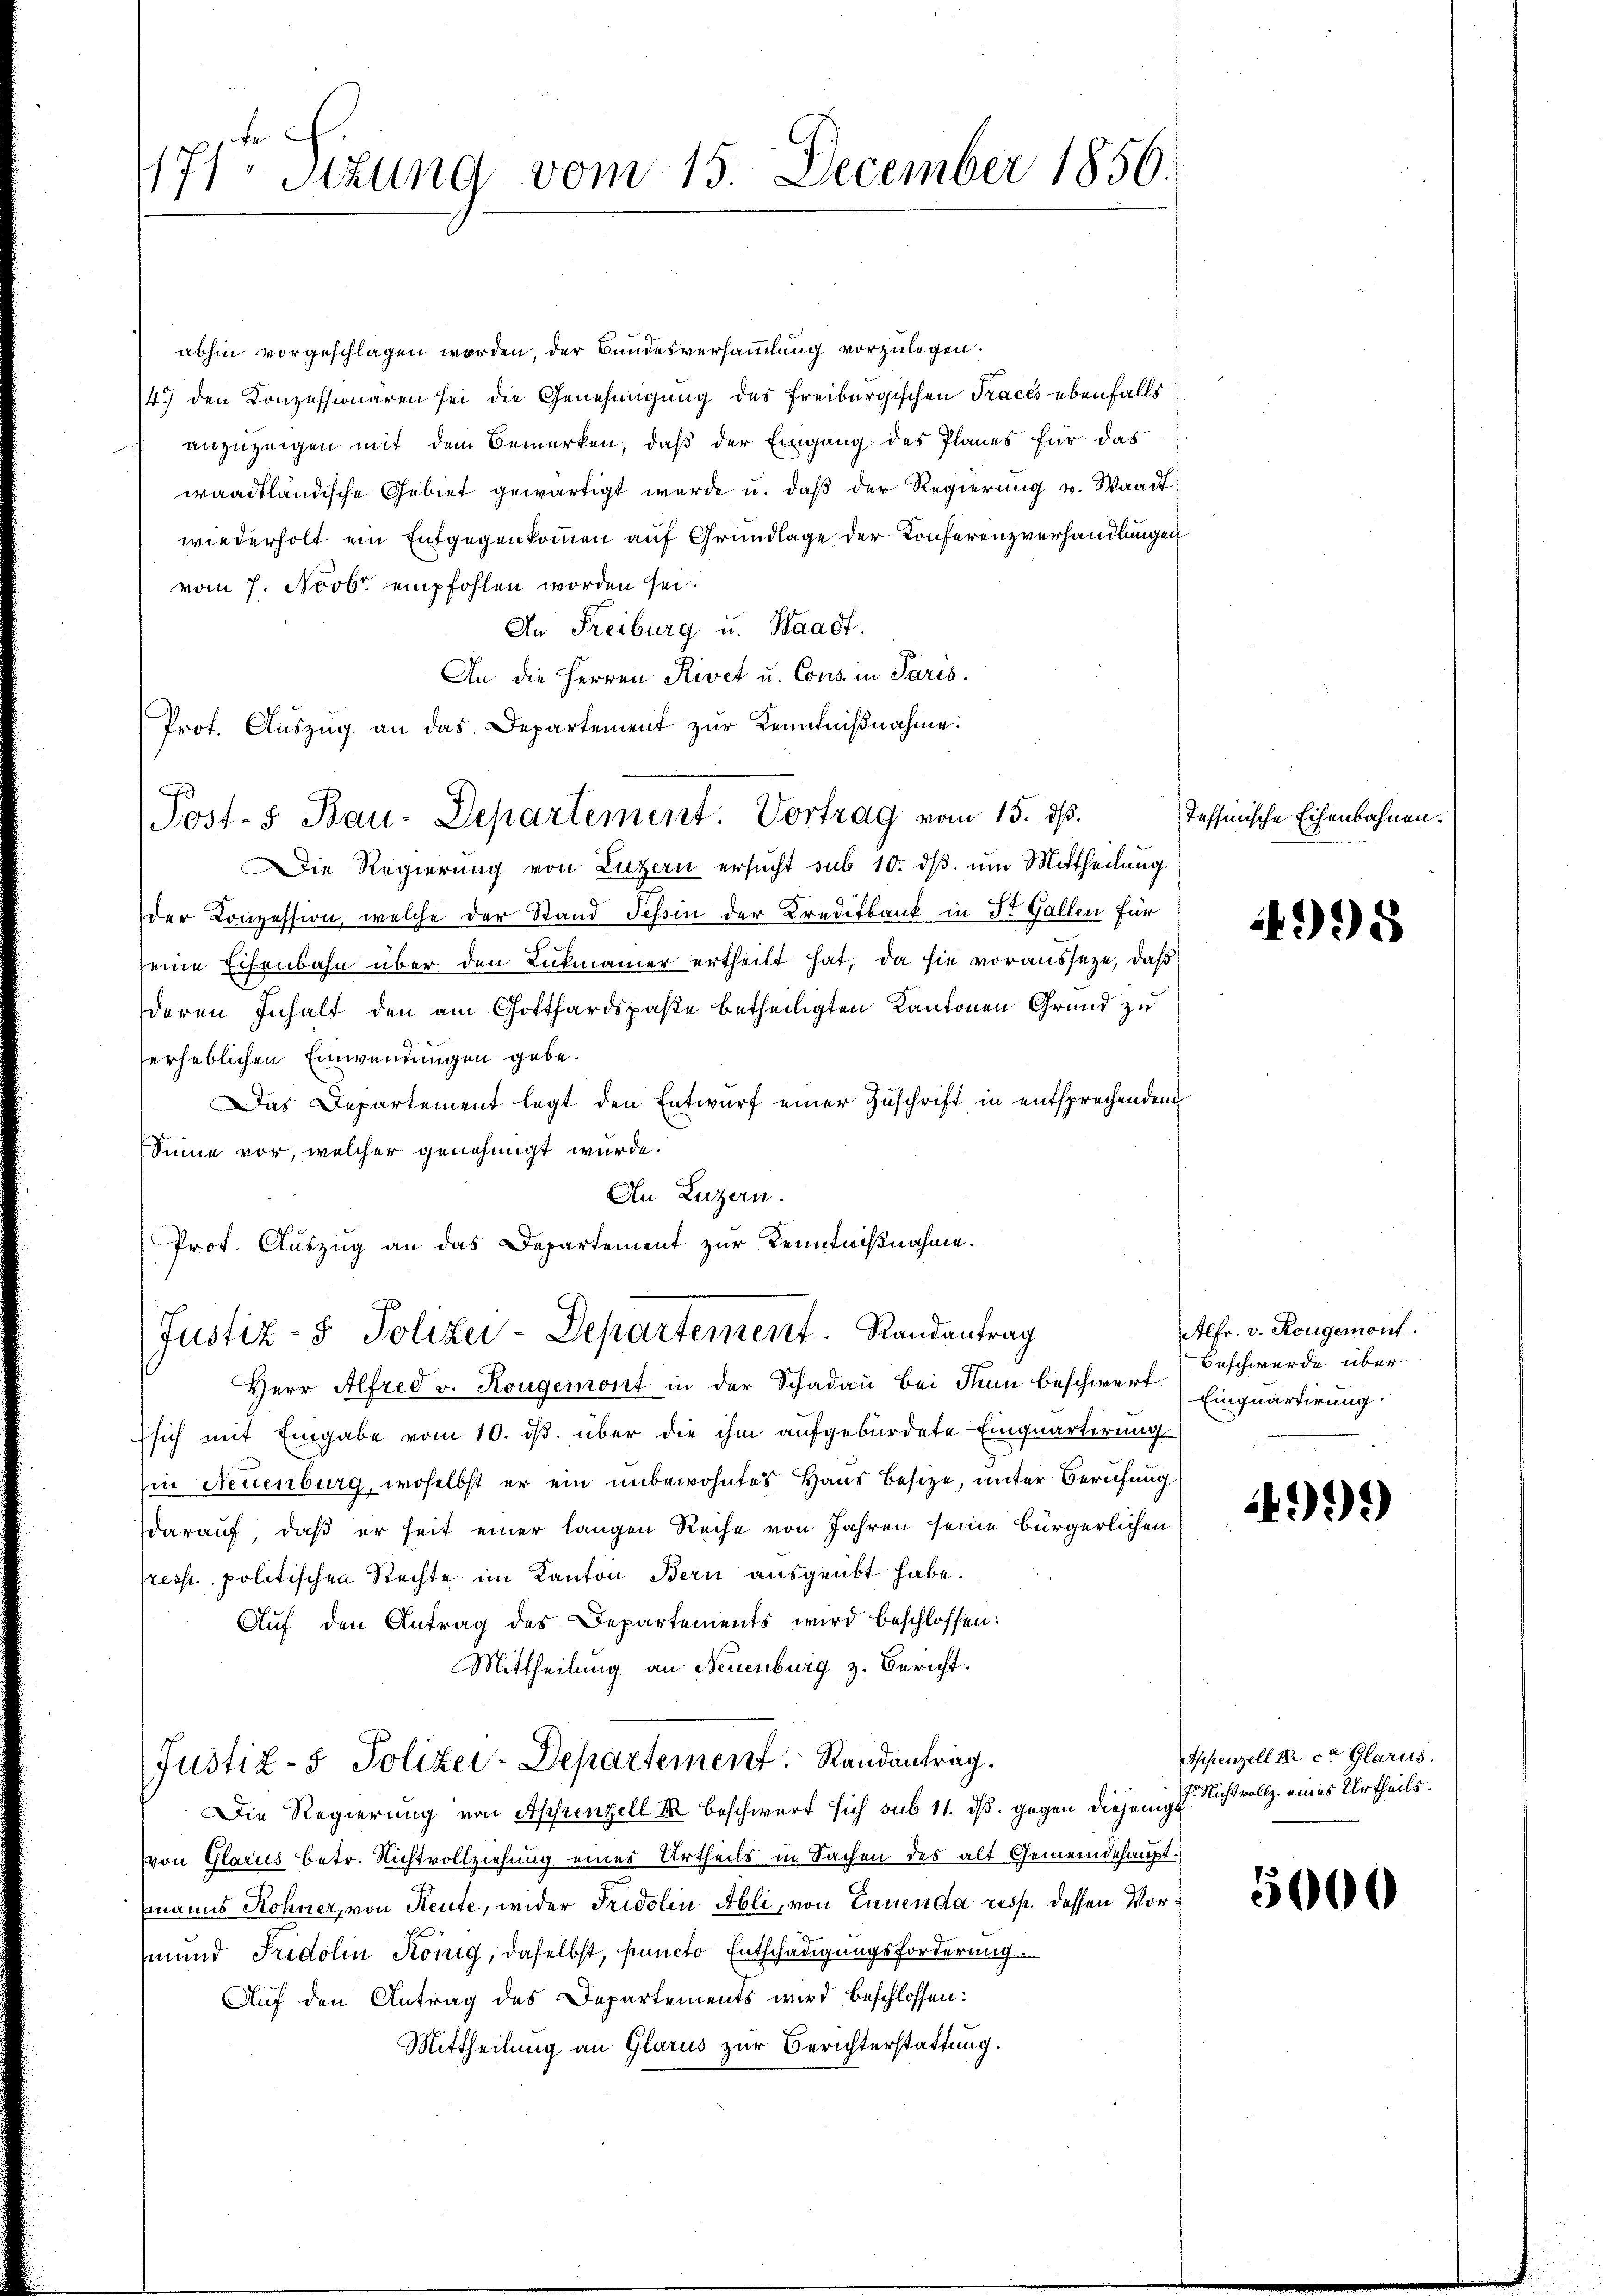
171 Sizung vom 15. December 1856.

abhin vorgeschlagen worden, der Bundesversammlung vorzulegen.
4.) den Konzessionaren sei die Genehmigung des Freiburgischen Tracés ebenfalls
anzuzeigen mit dem Bemerken, daß der Eingang des Planes für das
waadtländische Gebiet gewärtigt werde u. daß der Regierung u. Waadt
wiederholt ein Entgegenkommen auf Grundlage der Konferenzverhandlungen
vom 7. Novbr. empfohlen worden sei.
An Freiburg u. Waadt.
An die Herren Rivet u. Cons. in Paris.
Prot. Aŭszŭg an das Departement zur Kenntniβnahme:
Die Regierung von Luzern ersucht sub 10. ds. um Mittheilung
der Konzession, welche der Stand Tessin der Kreditbank in Dr. Gallen für
seine Eisenbahn über den Lukmanier ertheilt hat, da sie vorausseze, daß
deren Inhalt den am Gotthardspaße betheiligten Kantonen Grund zu
erheblichen Einwendungen gebe.
Das Departement legt den Entwurf einer Zuschrift in entsprechenden
Sinne vor, welcher genehmigt wurde.
An Luzern.
Prot. Auszug an das Departement zur Kenntnißnahme.
Justiz- & Polizei-Departement. Randantrag
Herr Alfred v. Kongemont in der Schadau bei denn beschwert) Einquartirung
sich mit Eingabe vom 10. ds. über die ihm aufgebürdete Einquartirung
in Neuenburg, woselbst er ein unbewohntes Haus besize, unter Berufung
darauf, daß er seit einer langen Reihe von Jahren seine bürgerlichen
presst. politischen Rechte im Kanton Bern ausgeübt habe.
Auf den Antrag des Departements wird beschlossen:
Mittheilung an Neuenburg z. Bericht.
Justiz- & Polizei-Departement. Randantrag.
Die Regierung von Appenzell u beschwert sich sub 11. ds. gegen diejenige
von Glarus betr. Nichtvollziehung eines Urtheils in Sachen des alt Gemeindehauptmanns Rohner, von Reute, wider Fridolin Abli, von Ennenda resp. dessen Vormund Fridolin König, daselbst, sancto Entschädigungsforderung.
Auf den Antrag des Departements wird beschlossen:
Mittheilung an Glarus zur Berichterstattung.

Post- 5. Bau-Departement. Vortrag vom 15. ds.

Tessinische Eisenbahnen.

4998

Alfr. v. Rougemont.
Beschwerde über

499)

Appenzell a. c. Glarus.
f. Nichtvollz. eines Urtheils.

5000